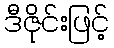
ဒီဇိုင်းဖြင့်